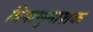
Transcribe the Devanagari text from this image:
विषाणूनाशक